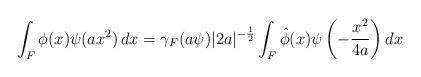
LaTeX: \begin{align*} \int_F \phi(x) \psi(a x^2) \, dx = \gamma_F(a \psi) |2a|^{-\frac{1}{2}} \int_F \hat{\phi}(x) \psi\left( -\frac{x^2}{4a} \right) dx\end{align*}